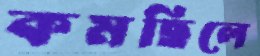
কমছিলে